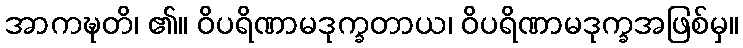
အာကဍ္ဎတိ၊ ၏။ ဝိပရိဏာမဒုက္ခတာယ၊ ဝိပရိဏာမဒုက္ခအဖြစ်မှ။